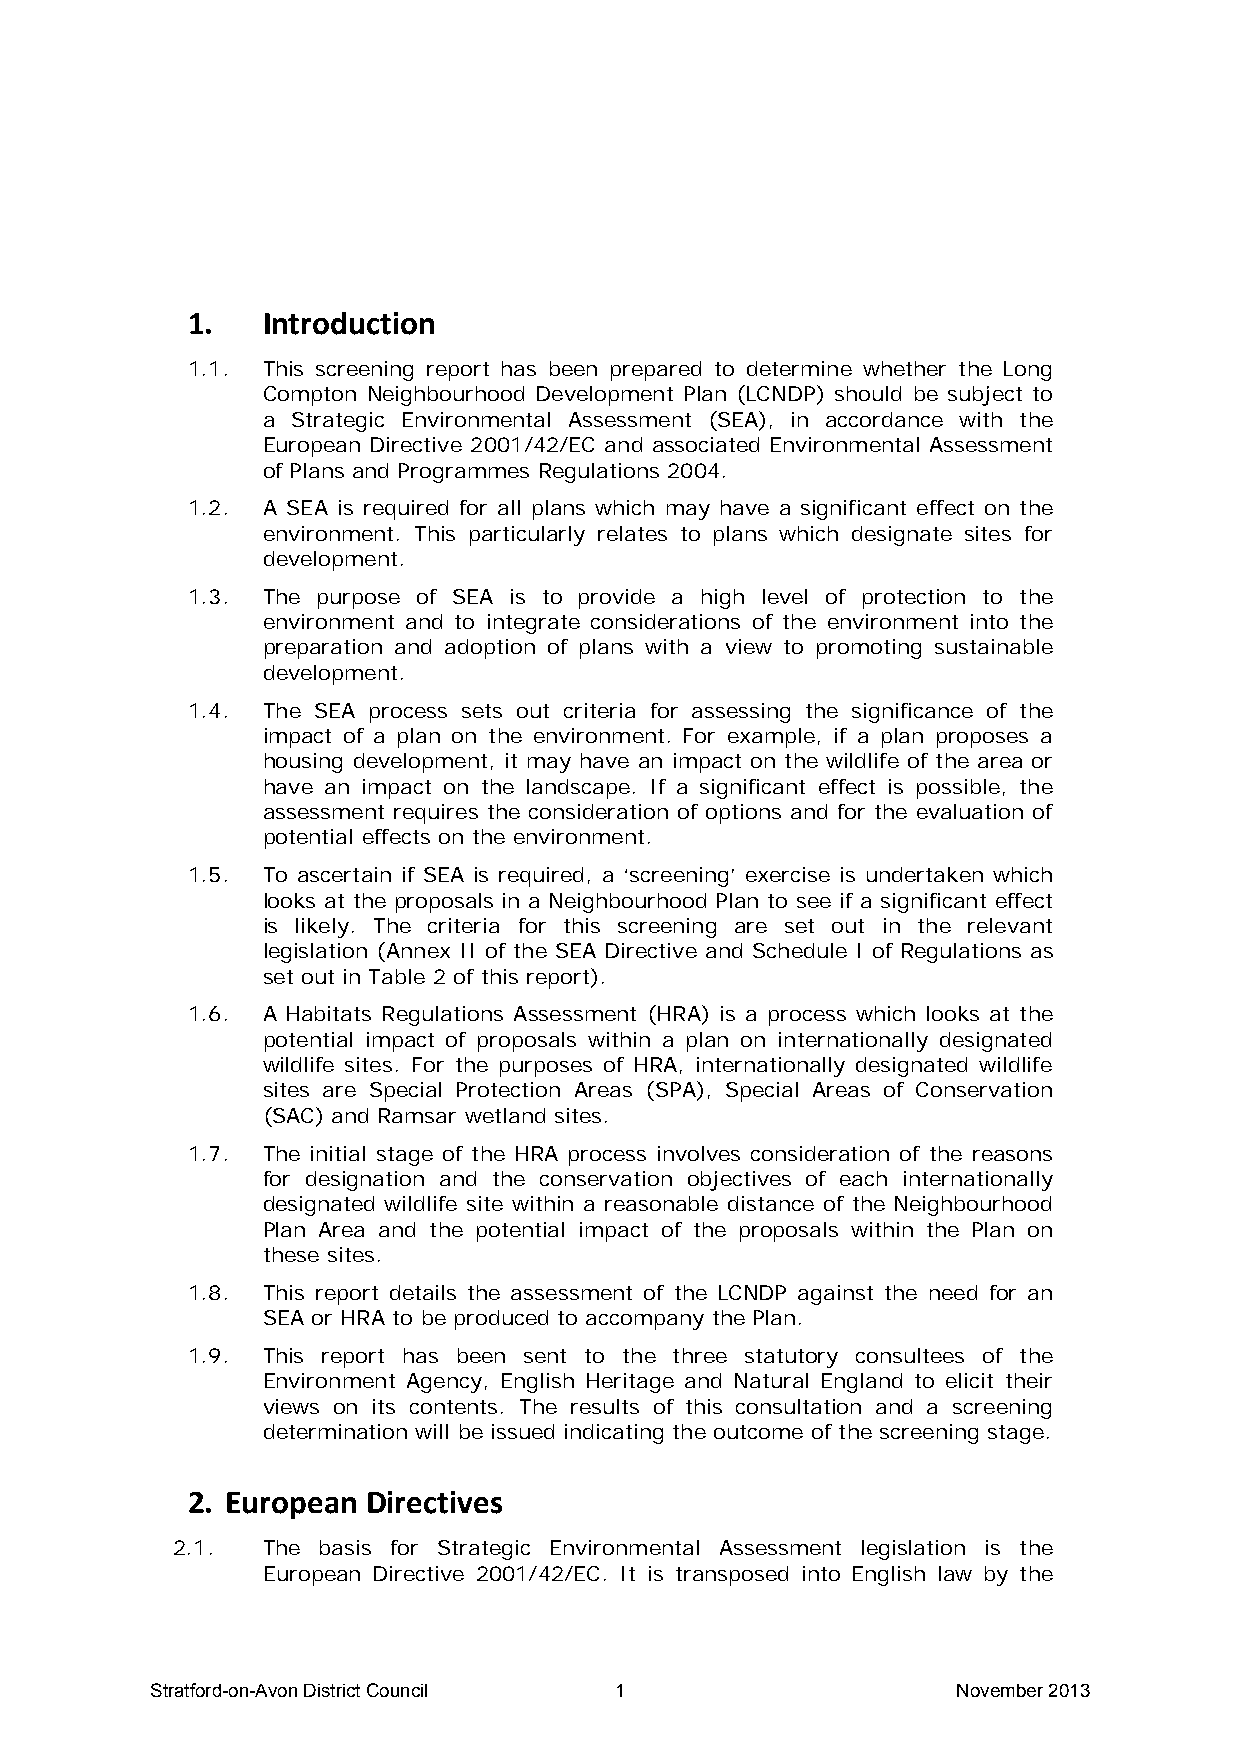
1.   Introduction
 1.1. This screening report has been prepared to determine whether the Long
 Compton Neighbourhood Development Plan (LCNDP) should be subject to
 a Strategic Environmental Assessment (SEA), in accordance with the
 European Directive 2001/42/EC and associated Environmental Assessment
 of Plans and Programmes Regulations 2004.
 1.2. A SEA is required for all plans which may have a significant effect on the
 environment. This particularly relates to plans which designate sites for
 development.
 1.3. The purpose of SEA is to provide a high level of protection to the
 environment and to integrate considerations of the environment into the
 preparation and adoption of plans with a view to promoting sustainable
 development.
 1.4. The SEA process sets out criteria for assessing the significance of the
 impact of a plan on the environment. For example, if a plan proposes a
 housing development, it may have an impact on the wildlife of the area or
 have an impact on the landscape. If a significant effect is possible, the
 assessment requires the consideration of options and for the evaluation of
 potential effects on the environment.
 1.5. To ascertain if SEA is required, a ‘screening’ exercise is undertaken which
 looks at the proposals in a Neighbourhood Plan to see if a significant effect
 is likely. The criteria for this screening are set out in the relevant
 legislation (Annex II of the SEA Directive and Schedule I of Regulations as
 set out in Table 2 of this report).
 1.6. A Habitats Regulations Assessment (HRA) is a process which looks at the
 potential impact of proposals within a plan on internationally designated
 wildlife sites. For the purposes of HRA, internationally designated wildlife
 sites are Special Protection Areas (SPA), Special Areas of Conservation
 (SAC) and Ramsar wetland sites.
 1.7. The initial stage of the HRA process involves consideration of the reasons
 for designation and the conservation objectives of each internationally
 designated wildlife site within a reasonable distance of the Neighbourhood
 Plan Area and the potential impact of the proposals within the Plan on
 these sites.
 1.8. This report details the assessment of the LCNDP against the need for an
 SEA or HRA to be produced to accompany the Plan.
 1.9. This report has been sent to the three statutory consultees of the
 Environment Agency, English Heritage and Natural England to elicit their
 views on its contents. The results of this consultation and a screening
 determination will be issued indicating the outcome of the screening stage.
 2. European Directives
 2.1.  The basis for Strategic Environmental Assessment legislation is the
 European Directive 2001/42/EC. It is transposed into English law by the
 Stratford-on-Avon District Council 1                 November 2013